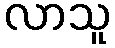
လာသူ